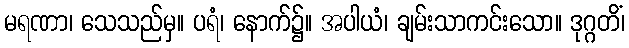
မရဏာ၊ သေသည်မှ။ ပရံ၊ နောက်၌။ အပါယံ၊ ချမ်းသာကင်းသော။ ဒုဂ္ဂတိံ၊